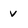
Character: v